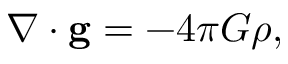
\nabla \cdot \mathbf { g } = - 4 \pi G \rho ,